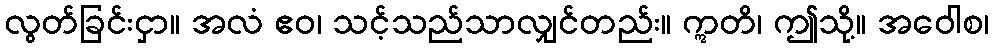
လွတ်ခြင်းငှာ။ အလံ ဧဝ၊ သင့်သည်သာလျှင်တည်း။ ဣတိ၊ ဤသို့။ အဝေါစ၊